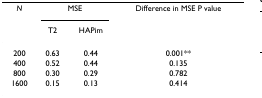
<table><thead><tr><td><b><i>N</i></b></td><td colspan="2"><b>MSE</b></td><td><b>Difference in MSE P value</b></td></tr><tr><td></td><td><b>T2</b></td><td><b>HAPim</b></td><td></td></tr></thead><tbody><tr><td>200</td><td>0.63</td><td>0.44</td><td>0.001**</td></tr><tr><td>400</td><td>0.52</td><td>0.44</td><td>0.135</td></tr><tr><td>800</td><td>0.30</td><td>0.29</td><td>0.782</td></tr><tr><td>1600</td><td>0.15</td><td>0.13</td><td>0.414</td></tr></tbody></table>